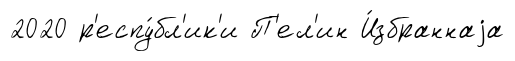
2020 р'еспу́бл'ик'и П'ел'ин И́збраннаjа